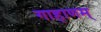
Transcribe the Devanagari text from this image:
गाहाणम्